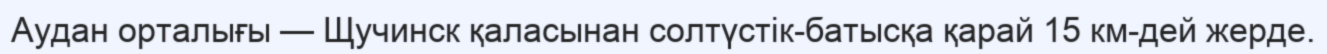
Аудан орталығы — Щучинск қаласынан солтүстік-батысқа қарай 15 км-дей жерде.